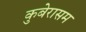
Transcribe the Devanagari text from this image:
कुबेरासम